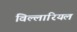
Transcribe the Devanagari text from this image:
विल्लारियल